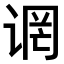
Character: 𫍬